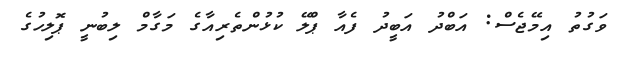
ވަގުތު އިމޭޖެސް: އަބްދު އަބީދު ފެއާ ޕްލޭ ކުޅުންތެރިއާގެ މަގާމް ލިބުނީ ޕޮލިހުގެ